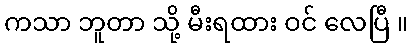
ကသာ ဘူတာ သို့ မီးရထား ဝင် လေပြီ ။